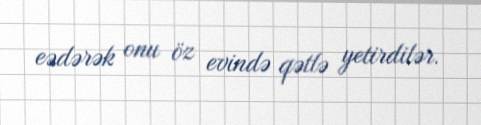
eədərək onu öz evində qətlə yetirdilər.